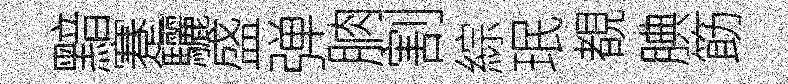
黯蹇驪盛弹朒割綜珉覩腆筯